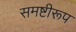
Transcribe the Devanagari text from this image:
समष्टीरूप